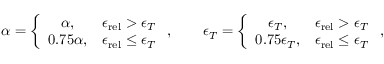
\alpha = \left\{ \begin{array} { c c } { \alpha , } & { { \epsilon _ { \mathrm { r e l } } } > \epsilon _ { T } } \\ { 0 . 7 5 \alpha , } & { { \epsilon _ { \mathrm { r e l } } } \leq \epsilon _ { T } } \end{array} \right. , \qquad \epsilon _ { T } = \left\{ \begin{array} { c c } { \epsilon _ { T } , } & { { \epsilon _ { \mathrm { r e l } } } > \epsilon _ { T } } \\ { 0 . 7 5 \epsilon _ { T } , } & { { \epsilon _ { \mathrm { r e l } } } \leq \epsilon _ { T } } \end{array} \right. ,